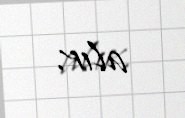
alır.